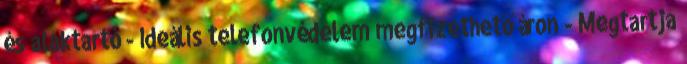
és alaktartó - Ideális telefonvédelem megfizethető áron - Megtartja